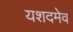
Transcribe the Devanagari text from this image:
यशदमेव